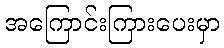
အကြောင်းကြားပေးမှာ